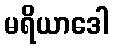
မရိယာဒေါ